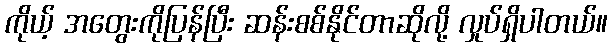
ကိုယ့် အတွေးကိုပြန်ပြီး ဆန်းစစ်နိုင်တာဆိုလို့ လှုပ်ရှိပါတယ်။